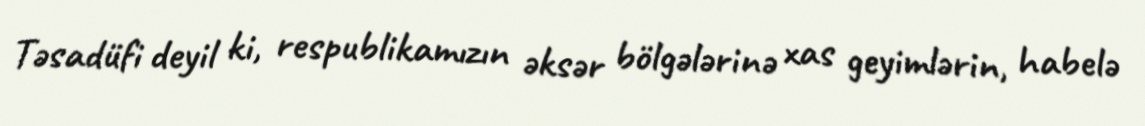
Təsadüfi deyil ki, respublikamızın əksər bölgələrinə xas geyimlərin, habelə